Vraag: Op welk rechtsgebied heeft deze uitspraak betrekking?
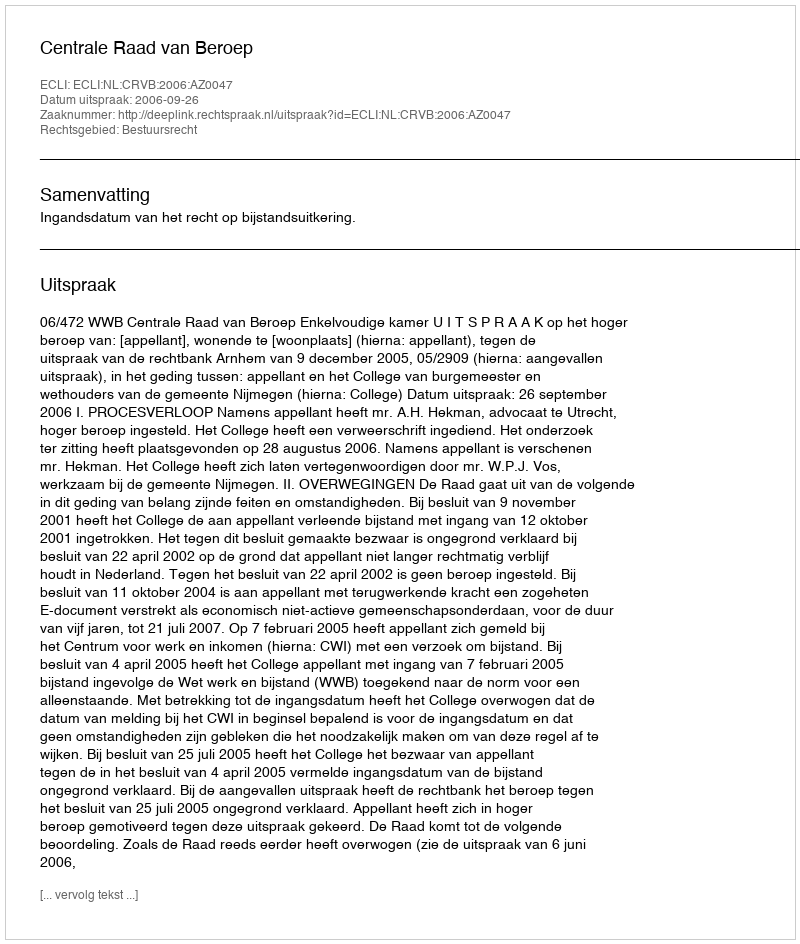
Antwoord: Bestuursrecht